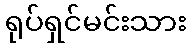
ရုပ်ရှင်မင်းသား